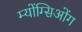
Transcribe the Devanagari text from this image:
म्योंग्सिओंग